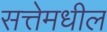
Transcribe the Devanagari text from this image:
सत्तेमधील